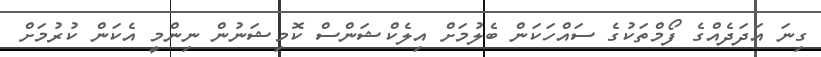
ގިނަ އަދަދެއްގެ ފޯމްތަކުގެ ސައްހަކަން ބެލުމަށް އިލެކްޝަންސް ކޮމިޝަނުން ނިންމީ އެކަން ކުރުމަށް